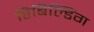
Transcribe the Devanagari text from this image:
रिबिल्डिंग